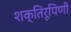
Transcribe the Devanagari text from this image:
शक्तिरूपिणी